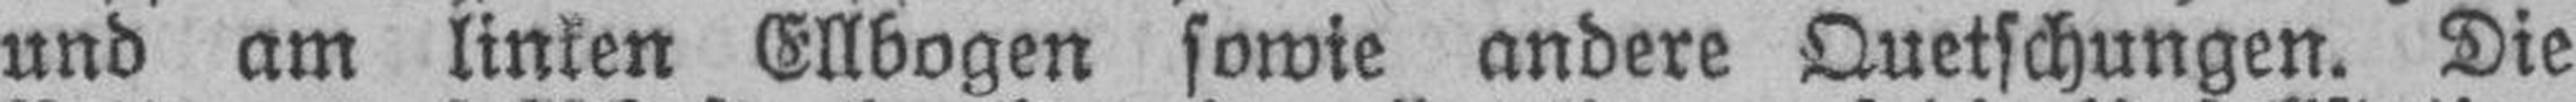
und am linken Ellbogen sowie andere Quetschungen. Die